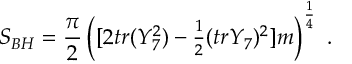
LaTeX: S _ { B H } = { \frac { \pi } { 2 } } \left( [ 2 t r ( Y _ { 7 } ^ { 2 } ) - { \textstyle { \frac { 1 } { 2 } } } ( t r Y _ { 7 } ) ^ { 2 } ] m \right) ^ { \frac { 1 } { 4 } } \ .